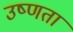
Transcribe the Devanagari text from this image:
उष्‍णता